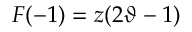
F ( - 1 ) = z ( 2 \vartheta - 1 )